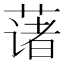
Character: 𫉄